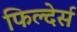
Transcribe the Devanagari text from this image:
फिल्देर्स